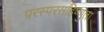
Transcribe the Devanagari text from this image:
परस्परसहिष्णुता